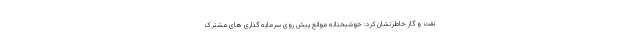
نفت و گاز خاطرنشان کرد: خوشبختانه موانع پیش روی سرمایه گذاری های مشترک